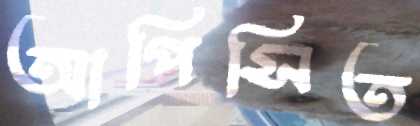
আপিসিত